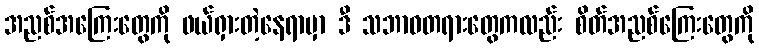
အညစ်အကြေးတွေကို ဖယ်ရှားတဲ့နေရာမှာ ဒီ သဘာဝတရားတွေကလည်း စိတ်အညစ်ကြေးတွေကို